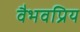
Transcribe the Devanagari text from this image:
वैभवप्रिय